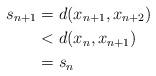
LaTeX: \begin{align*}s_{n+1}&= d(x_{n+1},x_{n+2})\\&< d(x_n,x_{n+1})\\&= s_n\end{align*}